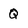
Character: Q